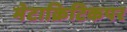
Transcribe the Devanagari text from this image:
मेटाक्रिटिकपर